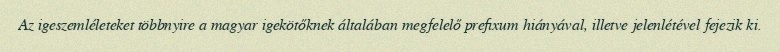
Az igeszemléleteket többnyire a magyar igekötőknek általában megfelelő prefixum hiányával, illetve jelenlétével fejezik ki.